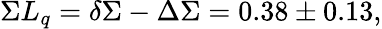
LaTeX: \Sigma L_{q}=\delta\Sigma-\Delta\Sigma=0.38\pm 0.13,